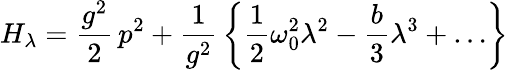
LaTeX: H_{\lambda}=\frac{g^{2}}{2}\, p^{2}+\frac{1}{g^{2}}\, \left\{ \frac{1}{2}\omega_{0}^{2}\lambda^{2}-\frac{b}{3}\lambda^{3}+\ldots\right\}